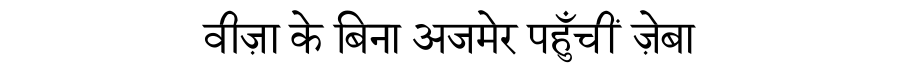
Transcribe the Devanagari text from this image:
वीज़ा के बिना अजमेर पहुँचीं ज़ेबा